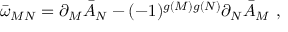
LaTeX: \bar { \omega } _ { M N } = \partial _ { M } \bar { \cal { A } } _ { N } - ( - 1 ) ^ { g ( M ) g ( N ) } \partial _ { N } \bar { \cal { A } } _ { M } \ ,